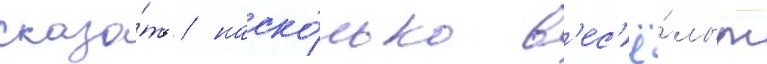
сказа́ть / наско́лько в'ес'ё́лым